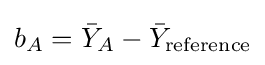
b_{A}={\bar {Y}}_{A}-{\bar {Y}}_{\text{reference}}